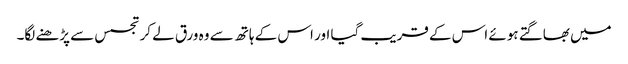
میں بھاگتے ہوئے اس کے قریب گیا اور اس کے ہاتھ سے وہ ورق لے کر تجسس سے پڑھنے لگا۔